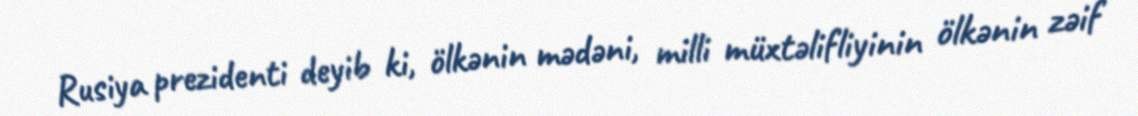
Rusiya prezidenti deyib ki, ölkənin mədəni, milli müxtəlifliyinin ölkənin zəif